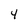
Character: 4